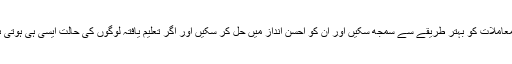
تعلیم کا مقصد یہ ہوتا ہے کہ آپ معاملات کو بہتر طریقے سے سمجھ سکیں اور ان کو احسن انداز میں حل کر سکیں اور اگر تعلیم یافتہ لوگوں کی حالت ایسی ہی ہوتی ہے تو ہم سب کا اللہ ہی حافظ ہے۔